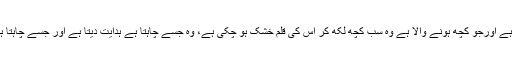
ہر خیر و شر کا خالق اللہ تعالیٰ ہے، بندوں کی تقدیر اس نے لکھ دی ہے اورجو کچھ ہونے والا ہے وہ سب کچھ لکھ کر اس کی قلم خشک ہو چکی ہے، وہ جسے چاہتا ہے ہدایت دیتا ہے اور جسے چاہتا ہے گمراہ کرتا ہے اور اس کے حکم کے بغیر کچھ بھی نہیں ہو سکتا۔